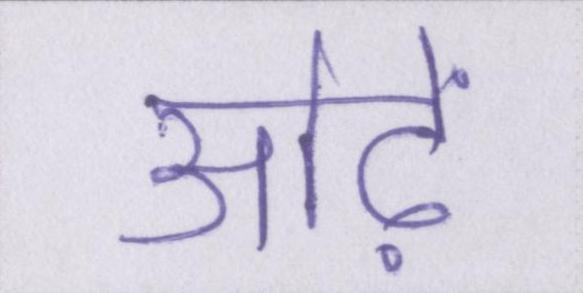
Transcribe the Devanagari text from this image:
ओढ़ें